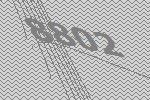
8802